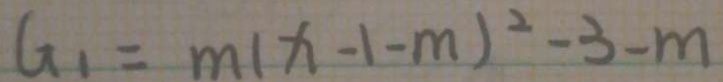
G _ { 1 } = m ( x - 1 - m ) ^ { 2 } - 3 - m